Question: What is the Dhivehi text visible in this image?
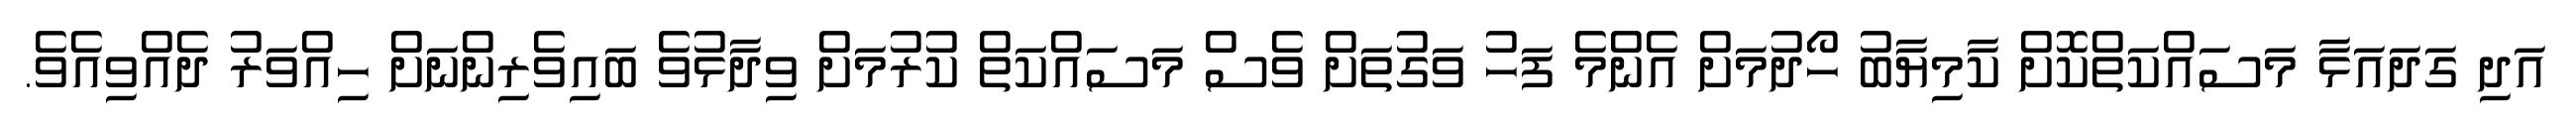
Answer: އަދި ގަދައަޅާ މަސައްކަތްކޮށް ކާމިޔާބު ހޯދުމަށް އެންމެ ފަހު ވަގުތަށް ވެސް މަސައްކަތް ކުރުމަށް ވިދާޅުވެ ބައިވެރިންނަށް ހިއްވަރު ދެއްވިއެވެ.